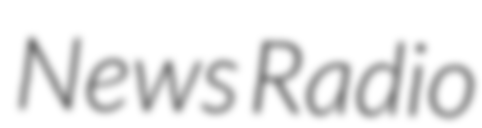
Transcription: News Radio